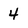
Character: 4